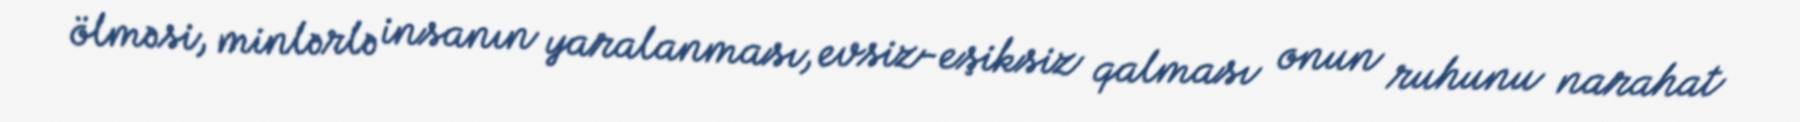
ölməsi, minlərlə insanın yaralanması, evsiz-eşiksiz qalması onun ruhunu narahat